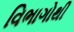
વિભાગોથી